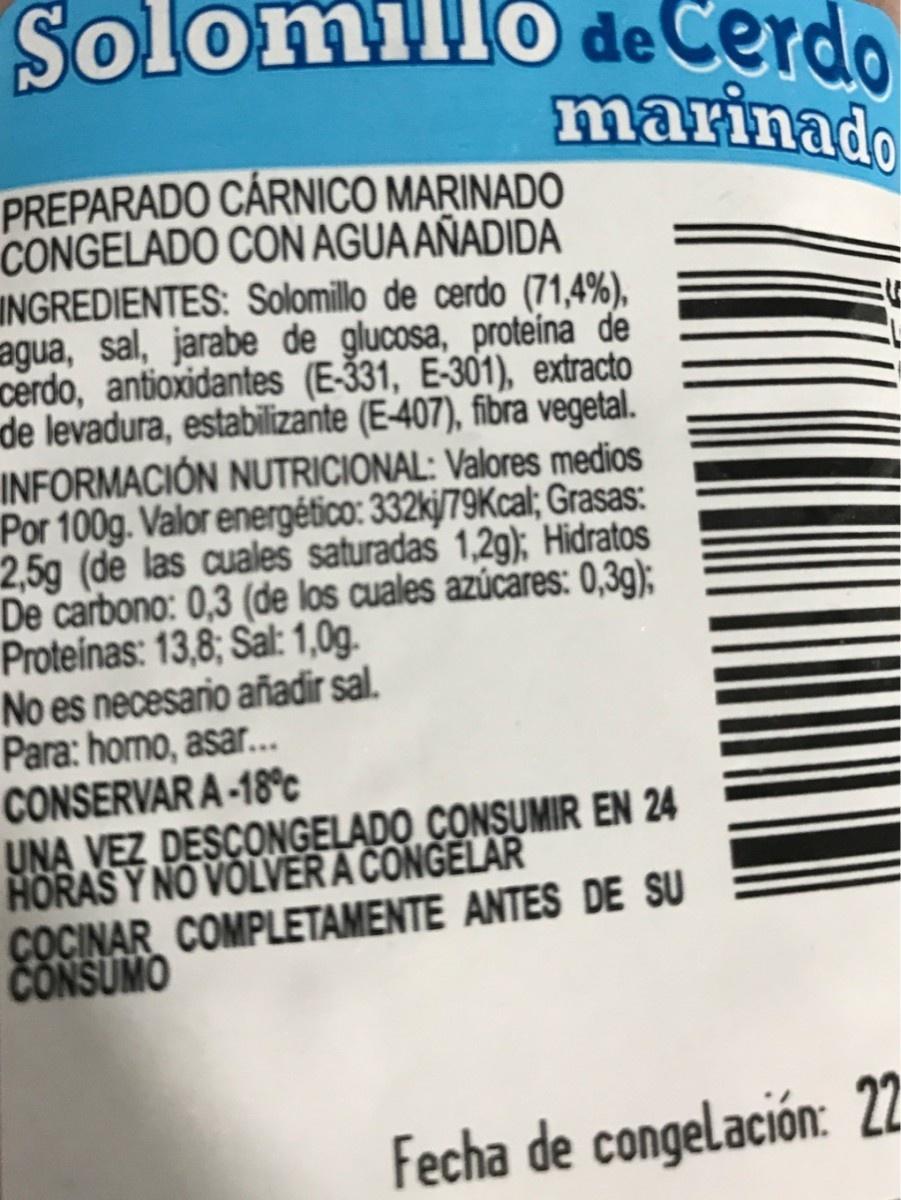
Sol Solomillo de Cerdo marinado PREPARADO CÁRNICO MARINADO CONGELADO CON AGUA AÑADIDA INGREDIENTES: Solomillo de cerdo (71,4%), agua, sal, jarabe de glucosa, proteina de cerdo, antioxidantes (E-31, E-301), extracto de levadura, estabilizante (E-407), fibra vegetal. INFORMACIÓN NUTRICIONAL: Valores medios Por 100g. Valor energético: 332kj/79Kcal; Grasas: 2,5g (de las cuales saturadas 1,2g); Hidratos De carbono: 0,3 (de los cuales azúcares: 0,3g); Proteinas: 13,8; Sal: 1,0g. No es necesario añadir sal. Para: homo, asar. CONSERVAR A-18°c UNA VEZ DESCONGELADO CONSUMIR EN 24 HORAS Y NO VOLVER A CONGELAR COCINAR COMPLETAMENTE ANTES DE SU CONSUMO Fecha de congelación: 22